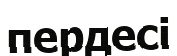
пердесі